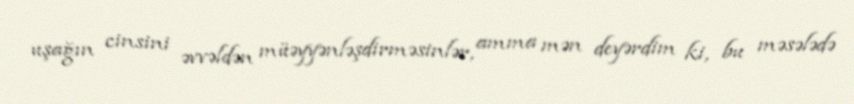
uşağın cinsini əvvəldən müəyyənləşdirməsinlər, amma mən deyərdim ki, bu məsələdə